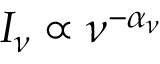
I _ { \nu } \propto \nu ^ { - \alpha _ { \nu } }